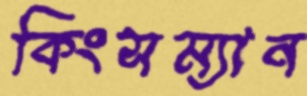
কিংসম্যান